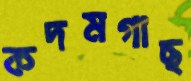
কদমগাছ